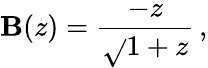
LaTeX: \mathbf{B}(z)={\frac{{-z}}{{\sqrt{}{{1+z}}}}}\, ,